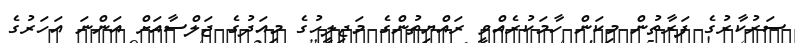
ސަރުކާރުގެ ފަރާތުން މިކަން ހާމަކުރެއްވީ ރައްޔިތުންގެ މަޖިލީހުގެ މިއަދުގެ ޖަލްސާއަށް އަންނަ އަހަރުގެ